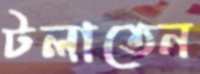
টলাতেন